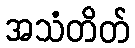
အသံတိတ်